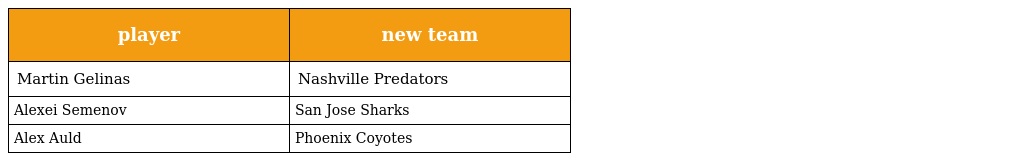
| player | new team |
 | --- | --- |
 | Martin Gelinas | Nashville Predators |
 | Alexei Semenov | San Jose Sharks |
 | Alex Auld | Phoenix Coyotes |